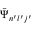
\bar { \Psi } _ { n ^ { \prime } l ^ { \prime } j ^ { \prime } }